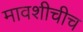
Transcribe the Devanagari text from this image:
मावशीचीच